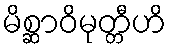
မိစ္ဆာဝိမုတ္တီဟိ